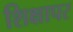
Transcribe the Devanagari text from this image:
शिक्षापर